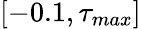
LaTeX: [-0.1,\tau_{max}]